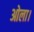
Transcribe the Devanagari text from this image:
ओला।